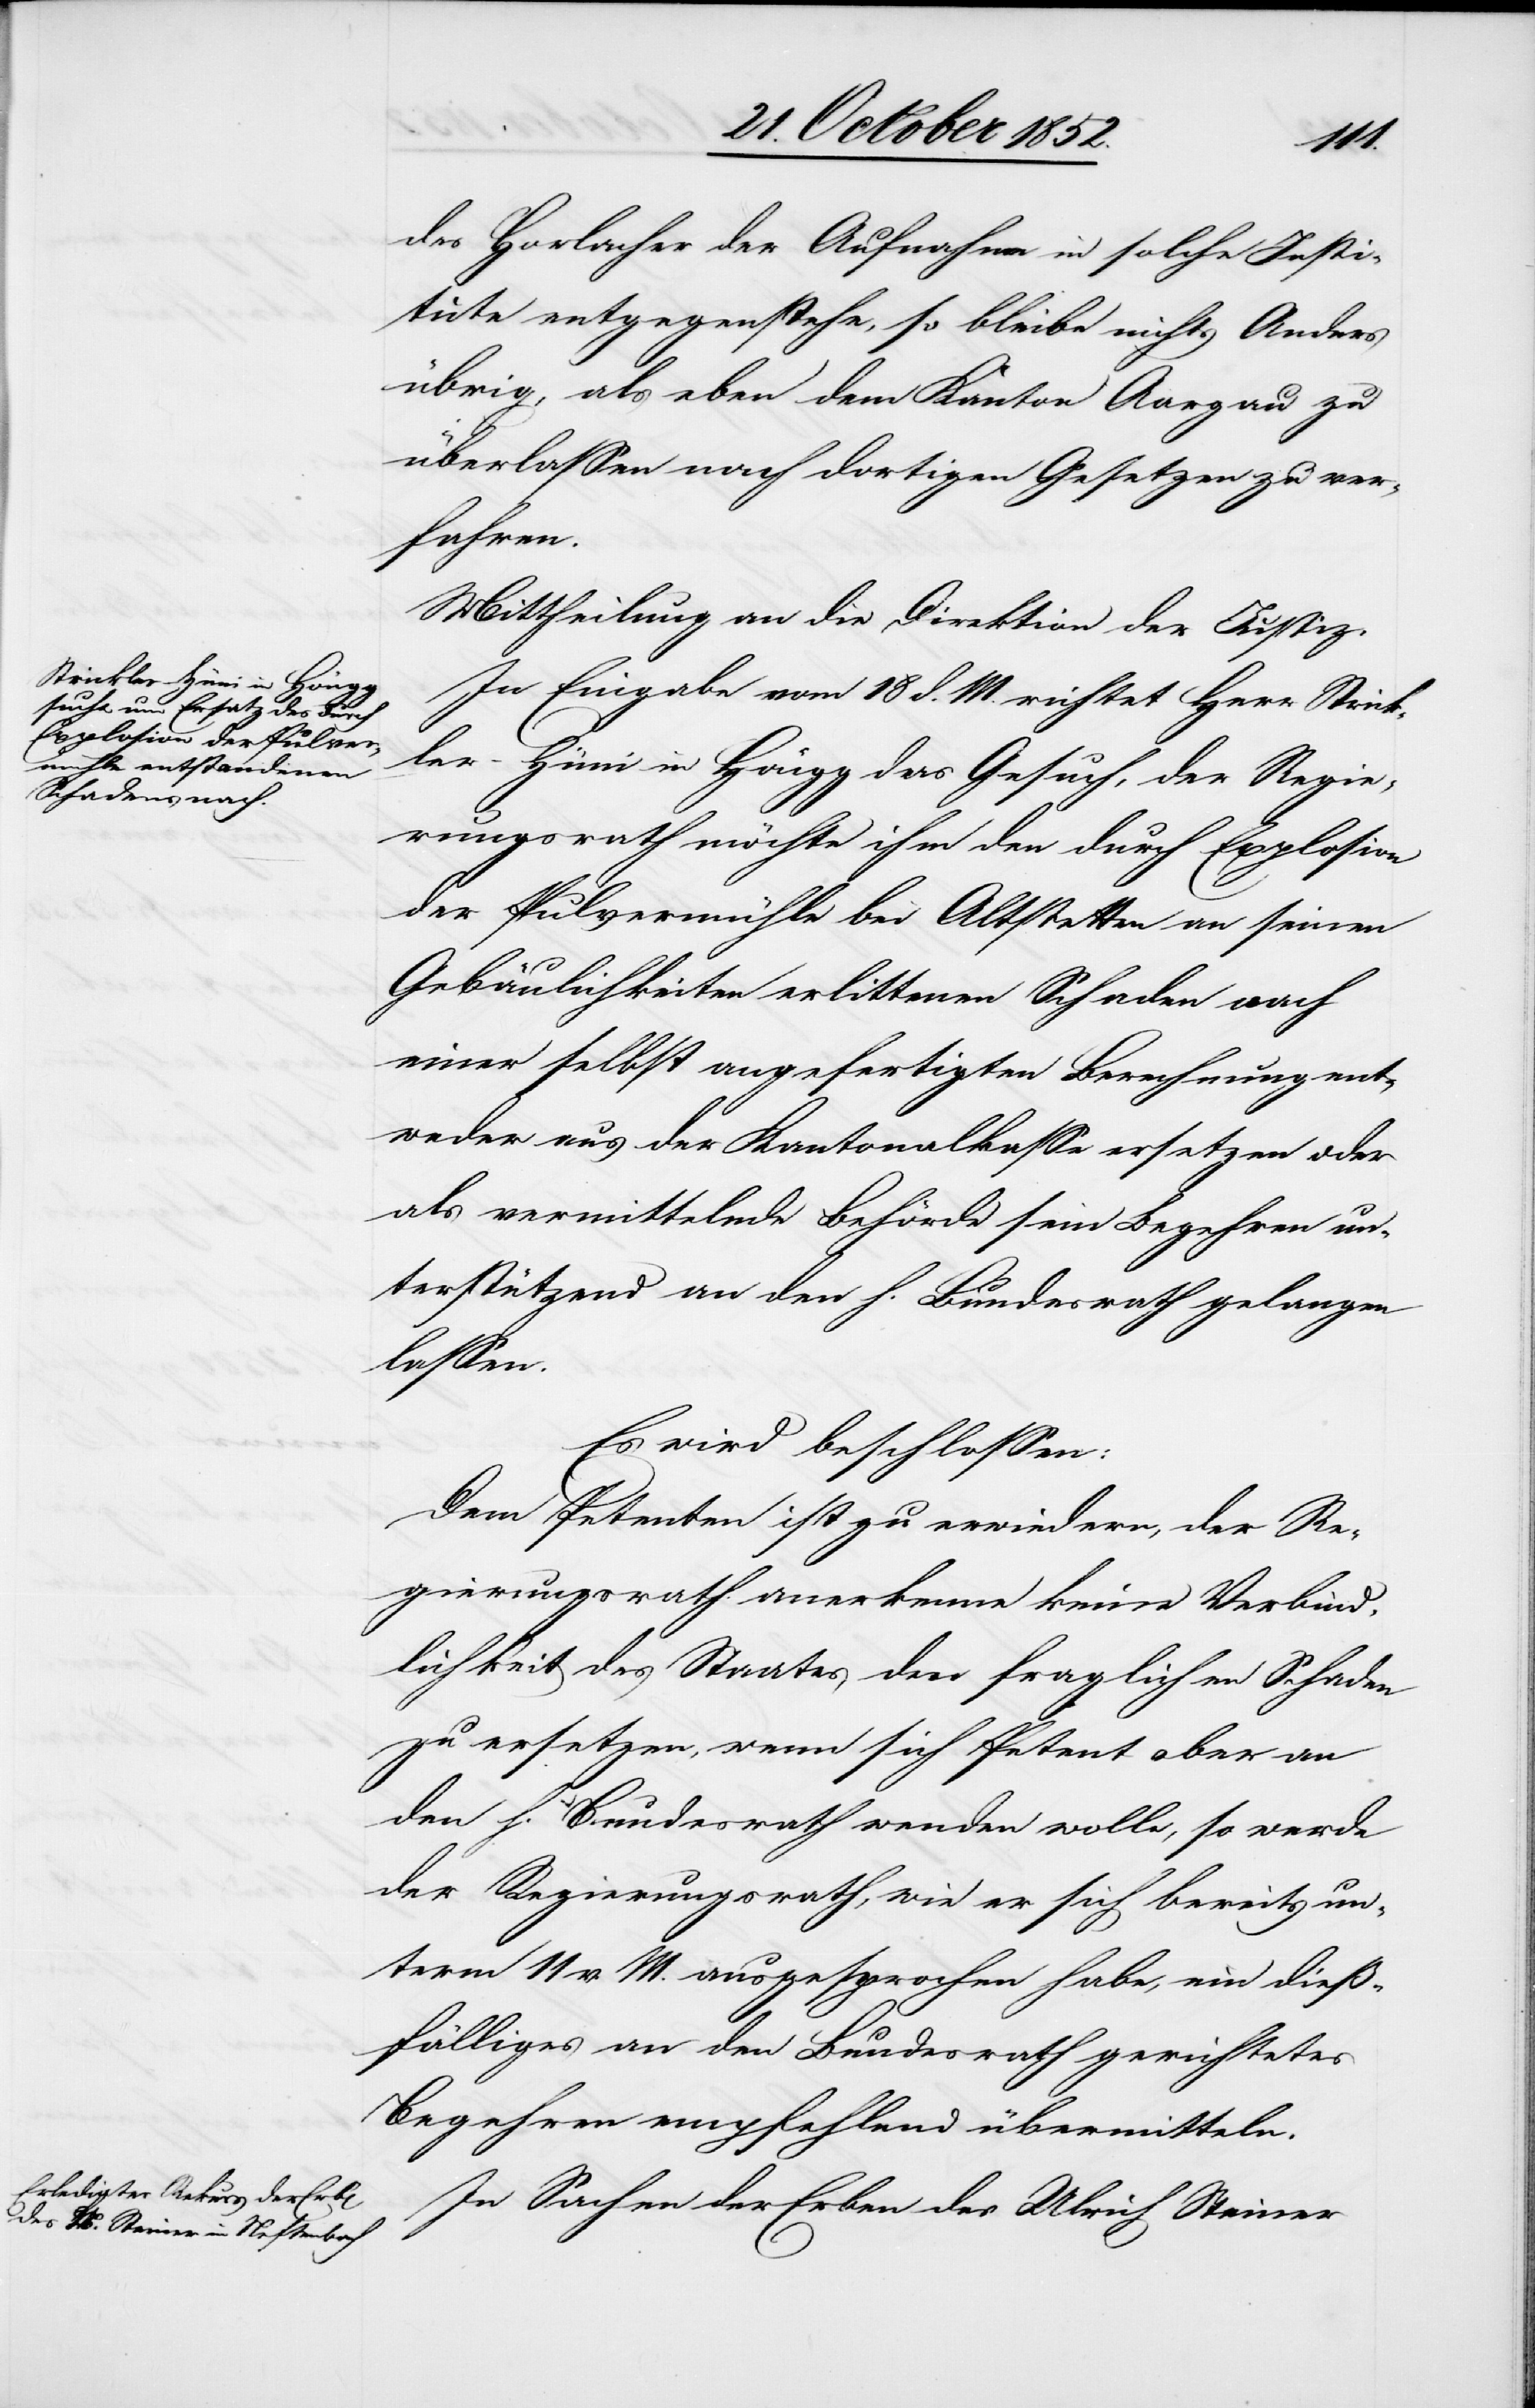
des Horlacher der Aufnahme in solche Insti¬
tute entgegenstehe, so bleibe nichts Anders
übrig, als eben dem Kanton Aargau zu
überlassen nach dortigen Gesetzen zu ver¬
fahren.
Mittheilung an die Direktion der Justiz.
In Eingabe vom 18 d. M. richtet Herr Strick¬
ler-Hüni in Höngg das Gesuch, der Regie¬
rungsrath möchte ihm den durch Explosion
der Pulvermühle bei Altstetten an seinen
Gebäulichkeiten erlittenen Schaden nach
einer selbst angefertigten Berechnung entw¬
eder aus der Kantonalkasse ersetzen oder
als vermittelnde Behörde sein Begehren un¬
terstützend an den h. Bundesrath gelangen
lassen.
Es wird beschlossen:
Dem Petenten ist zu erwiedern, der Re¬
gierungsrath anerkenne keine Verbind¬
lichkeit des Staates den fraglichen Schaden
zu ersetzen, wenn sich Petent aber an
den h. Bundesrath wenden wolle, so werde
der Regierungsrath, wie er sich bereits un¬
term 11 v. M. ausgesprochen habe, ein dieß¬
fälliges an den Bundesrath gerichtetes
Begehren empfehlend übermitteln.
In Sachen der Erben des Ulrich Steiner